Report of an investigation into the causes of malaria in Bombay and the measures necessary for its control
Disease focus: Malaria
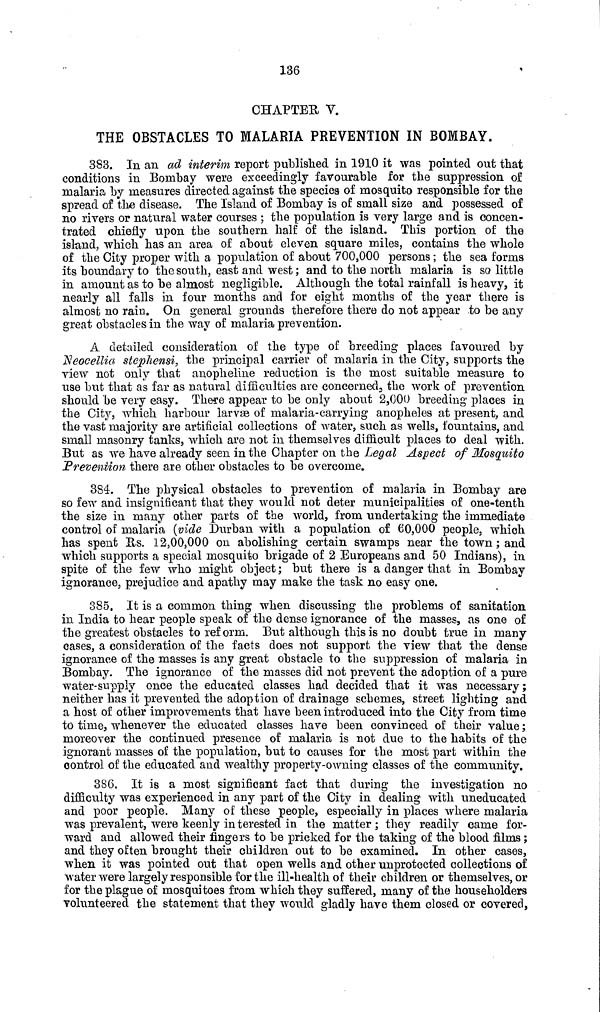
136
CHAPTER V.
THE OBSTACLES TO MALARIA PREVENTION IN BOMBAY.
383. In an ad interim report published in 1910 it was pointed out that
conditions in Bombay were exceedingly favourable for the suppression of
malaria by measures directed against the species of mosquito responsible for the
spread of the disease. The Island of Bombay is of small size and possessed of
no rivers or natural water courses ; the population is very large and is concen-
trated chiefly upon the southern half of the island. This portion of the
island, which has an area of about eleven square miles, contains the whole
of the City proper with a population of about 700,000 persons; the sea forms
its boundary to the south, east and west; and to the north malaria is so little
in amount as to be almost negligible. Although the total rainfall is heavy, it
nearly all falls in four months and for eight months of the year there is
almost no rain. On general grounds therefore there do not appear to be any
great obstacles in the way of malaria prevention.
A detailed consideration of the type of breeding places favoured by
Neocellia stephensi, the principal carrier of malaria in the City, supports the
view not only that anopheline reduction is the most suitable measure to
use but that as far as natural difficulties are concerned, the work of prevention
should be very easy. There appear to be only about 2,000 breeding places in
the City, which harbour larvae of malaria-carrying anopheles at present, and
the vast majority are artificial collections of water, such as wells, fountains, and
small masonry tanks, which are not in themselves difficult places to deal with.
But as we have already seen in the Chapter on the Legal Aspect of Mosquito
Prevention there are other obstacles to be overcome.
3S4. The physical obstacles to prevention of malaria in Bombay are
so few and insignificant that they would not deter municipalities of one-tenth
the size in many other parts of the world, from undertaking the immediate
control of malaria (vide Durban with a population of 60,000 people, which
has spent Us. 12,00,000 on abolishing certain swamps near the town; and
which supports a special mosquito brigade of 2 Europeans and 50 Indians), in
spite of the few who might object; but there is a danger that in Bombay
ignorance, prejudice and apathy may make the task no easy one.
385. It is a common thing when discussing the problems of sanitation
in India to hear people speak of the dense ignorance of the masses, as one of
the greatest obstacles to reform. But although this is no doubt true in many
cases, a consideration of the facts does not support the view that the dense
ignorance of the masses is any great obstacle to the suppression of malaria in
Bombay. The ignorance of the masses did not prevent the adoption of a pure
water-supply once the educated classes had decided that it was necessary;
neither has it prevented the adoption of drainage schemes, street lighting and
a host of other improvements that have been introduced into the City from time
to time, whenever the educated classes have been convinced of their value;
moreover the continued presence of malaria is not due to the habits of the
ignorant masses of the population, but to causes for the most part within the
control of the educated and wealthy property-owning classes of the community.
386. It is a most significant fact that during the investigation no
difficulty was experienced in any part of the City in dealing with uneducated
and poor people. Many of these people, especially in places where malaria
was prevalent, were keenly interested in the matter ; they readily came for-
ward and allowed their fingers to be pricked for the taking of the blood films;
and they often brought their children out to be examined. In other cases,
when it was pointed out that open wells and other unprotected collections of
water were largely responsible for the ill-health of their children or themselves, or
for the plague of mosquitoes from which they suffered, many of the householders
volunteered the statement that they would gladly have them closed or covered,